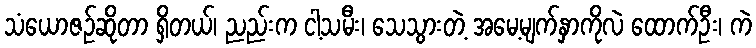
သံယောဇဉ်ဆိုတာ ရှိတယ်၊ ညည်းက ငါ့သမီး၊ သေသွားတဲ့ အမေ့မျက်နှာကိုလဲ ထောက်ဦး၊ ကဲ